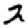
Digit: 2